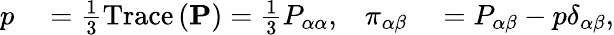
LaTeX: \begin{array}{rlrl}{p}&{{}=\frac{1}{3}\operatorname{Trace}\left(\mathbf{P}\right)=\frac{1}{3}P_{\alpha\alpha},}&{\pi_{\alpha\beta}}&{{}=P_{\alpha\beta}-p\delta_{\alpha\beta},}\end{array}